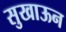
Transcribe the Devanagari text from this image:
सुखाऊन